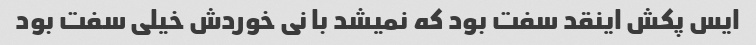
ایس پکش اینقد سفت بود که نمیشد با نی خوردش خیلی سفت بود